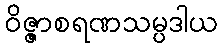
ဝိဇ္ဇာစရဏသမ္ပဒါယ